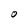
Character: O